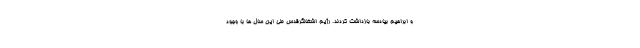
و ابراهیم بیادسه بازداشت کردند. رژیم اشغالگرقدس طی این سال ها با وجود